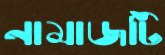
নামাজটি